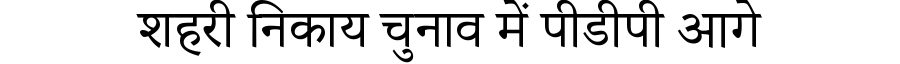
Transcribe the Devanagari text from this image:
शहरी निकाय चुनाव में पीडीपी आगे